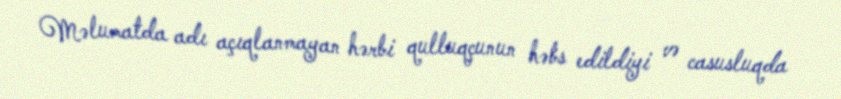
Məlumatda adı açıqlanmayan hərbi qulluqçunun həbs edildiyi və casusluqda